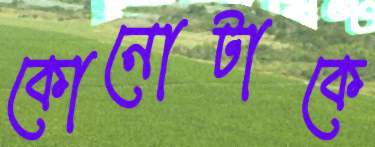
কোনোটাকে